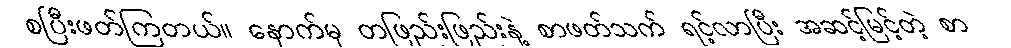
စပြီးဖတ်ကြတယ်။ နောက်မှ တဖြည်းဖြည်းနဲ့ စာဖတ်သက် ရင့်လာပြီး အဆင့်မြင့်တဲ့ စာ